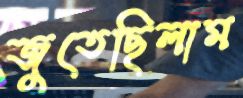
জুতেছিলাম